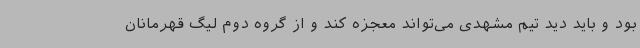
بود و باید دید تیم مشهدی می‌تواند معجزه کند و از گروه دوم لیگ قهرمانان